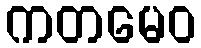
ကတမေဝ